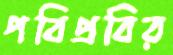
পবিপ্রবির